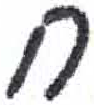
אות: ח